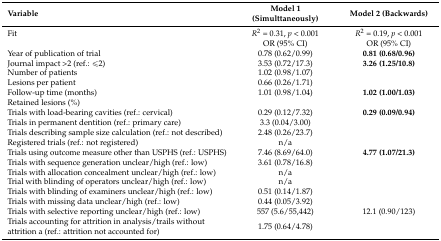
<table><thead><tr><td><b>Variable</b></td><td><b>Model 1 (Simulttaneously)</b></td><td><b>Model 2 (Backwards)</b></td></tr></thead><tbody><tr><td>Fit</td><td><i>R</i><sup>2</sup> = 0.31, <i>p</i> &lt; 0.001</td><td><i>R</i><sup>2</sup> = 0.19, <i>p</i> &lt; 0.001</td></tr><tr><td></td><td>OR (95% CI)</td><td>OR (95% CI)</td></tr><tr><td>Year of publication of trial</td><td>0.78 (0.62/0.99)</td><td><b>0.81 (0.68/0.96)</b></td></tr><tr><td>Journal impact &gt;2 (ref.: ≤2)</td><td>3.53 (0.72/17.3)</td><td><b>3.26 (1.25/10.8)</b></td></tr><tr><td>Number of patients</td><td>1.02 (0.98/1.07)</td><td></td></tr><tr><td>Lesions per patient</td><td>0.66 (0.26/1.71)</td><td></td></tr><tr><td>Follow-up time (months)</td><td>1.01 (0.98/1.04)</td><td><b>1.02 (1.00/1.03)</b></td></tr><tr><td>Retained lesions (%)</td><td></td><td></td></tr><tr><td>Trials with load-bearing cavities (ref.: cervical)</td><td>0.29 (0.12/7.32)</td><td><b>0.29 (0.09/0.94)</b></td></tr><tr><td>Trials in permanent dentition (ref.: primary care)</td><td>3.3 (0.04/3.00)</td><td></td></tr><tr><td>Trials describing sample size calculation (ref.: not described)</td><td>2.48 (0.26/23.7)</td><td></td></tr><tr><td>Registered trials (ref.: not registered)</td><td>n/a</td><td></td></tr><tr><td>Trials using outcome measure other than USPHS (ref.: USPHS)</td><td>7.46 (8.69/64.0)</td><td><b>4.77 (1.07/21.3)</b></td></tr><tr><td>Trials with sequence generation unclear/high (ref.: low)</td><td>3.61 (0.78/16.8)</td><td></td></tr><tr><td>Trials with allocation concealment unclear/high (ref.: low)</td><td>n/a</td><td></td></tr><tr><td>Trial with blinding of operators unclear/high (ref.: low)</td><td>n/a</td><td></td></tr><tr><td>Trials with blinding of examiners unclear/high (ref.: low)</td><td>0.51 (0.14/1.87)</td><td></td></tr><tr><td>Trials with missing data unclear/high (ref.: low)</td><td>0.44 (0.05/3.92)</td><td></td></tr><tr><td>Trials with selective reporting unclear/high (ref.: low)</td><td>557 (5.6/55,442)</td><td>12.1 (0.90/123)</td></tr><tr><td>Trials accounting for attrition in analysis/trails without attrition a (ref.: attrition not accounted for)</td><td>1.75 (0.64/4.78)</td><td></td></tr></tbody></table>